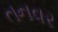
તનવર